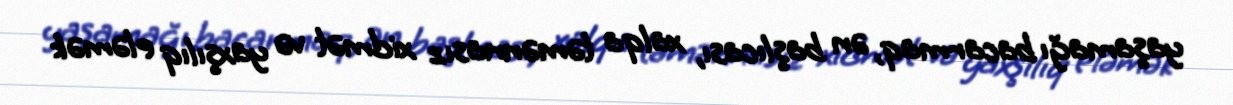
yaşamağı bacarmaq, ən başlıcası, xalqa təmənnasız xidmət və yaxşılıq eləmək